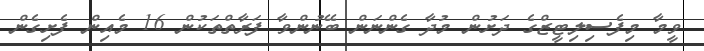
ވީމާ މިފެސިލިޓީޒްގެ ދަށުން މުދާ ގެންނަން ބޭނުންވާ ފަރާތްތަކުން 16 މެއިން ފެށިގެން